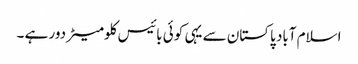
اسلام آباد پاکستان سے یہی کوئی بائیس کلومیٹر دور ہے ۔